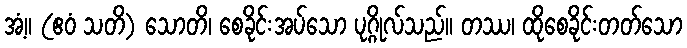
အံ့။ (ဧဝံ သတိ) သောတိ၊ စေခိုင်းအပ်သော ပုဂ္ဂိုလ်သည်။ တဿ၊ ထိုစေခိုင်းတတ်သော